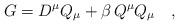
LaTeX: \begin{align*}G = D^\mu Q_\mu + \beta\, Q^\mu Q_\mu \quad ,\end{align*}